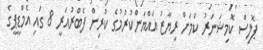
ޕޮލިސް ކޮމިޝަނަރު ކަމަށް ރިޔާޒު އައްޔަންކުރުމުގެ ކުރިން ފެބްރުއަރީ 8 ގައި އެމްޑީޕީގެ